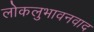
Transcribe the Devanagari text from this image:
लोकलुभावनवाद